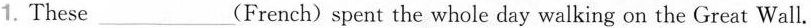
1. These___(French) spent the whole day walking on the Great Wall.